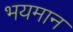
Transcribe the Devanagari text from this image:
भयमान